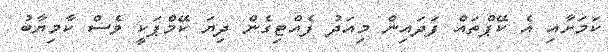
ކަމަށާއި އެ ކޭޕްތައް ފަދައިން މިއަދު ފެއްޓިގެން ދިޔަ ކޭމްޕަކީ ވެސް ކާމިޔާބު